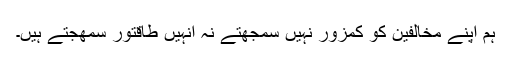
ہم اپنے مخالفین کو کمزور نہیں سمجھتے نہ انہیں طاقتور سمھجتے ہیں۔